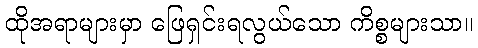
ထိုအရာများမှာ ဖြေရှင်းရလွယ်သော ကိစ္စများသာ။